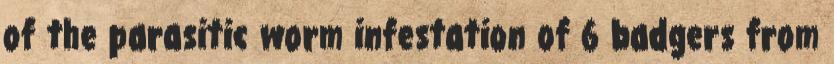
of the parasitic worm infestation of 6 badgers from